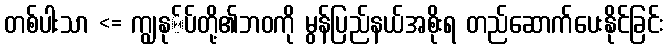
တစ်ပါးသာ <= ကျွနု်ပ်တို့၏ဘဝကို မွန်ပြည်နယ်အစိုးရ တည်ဆောက်ပေးနိုင်ခြင်း